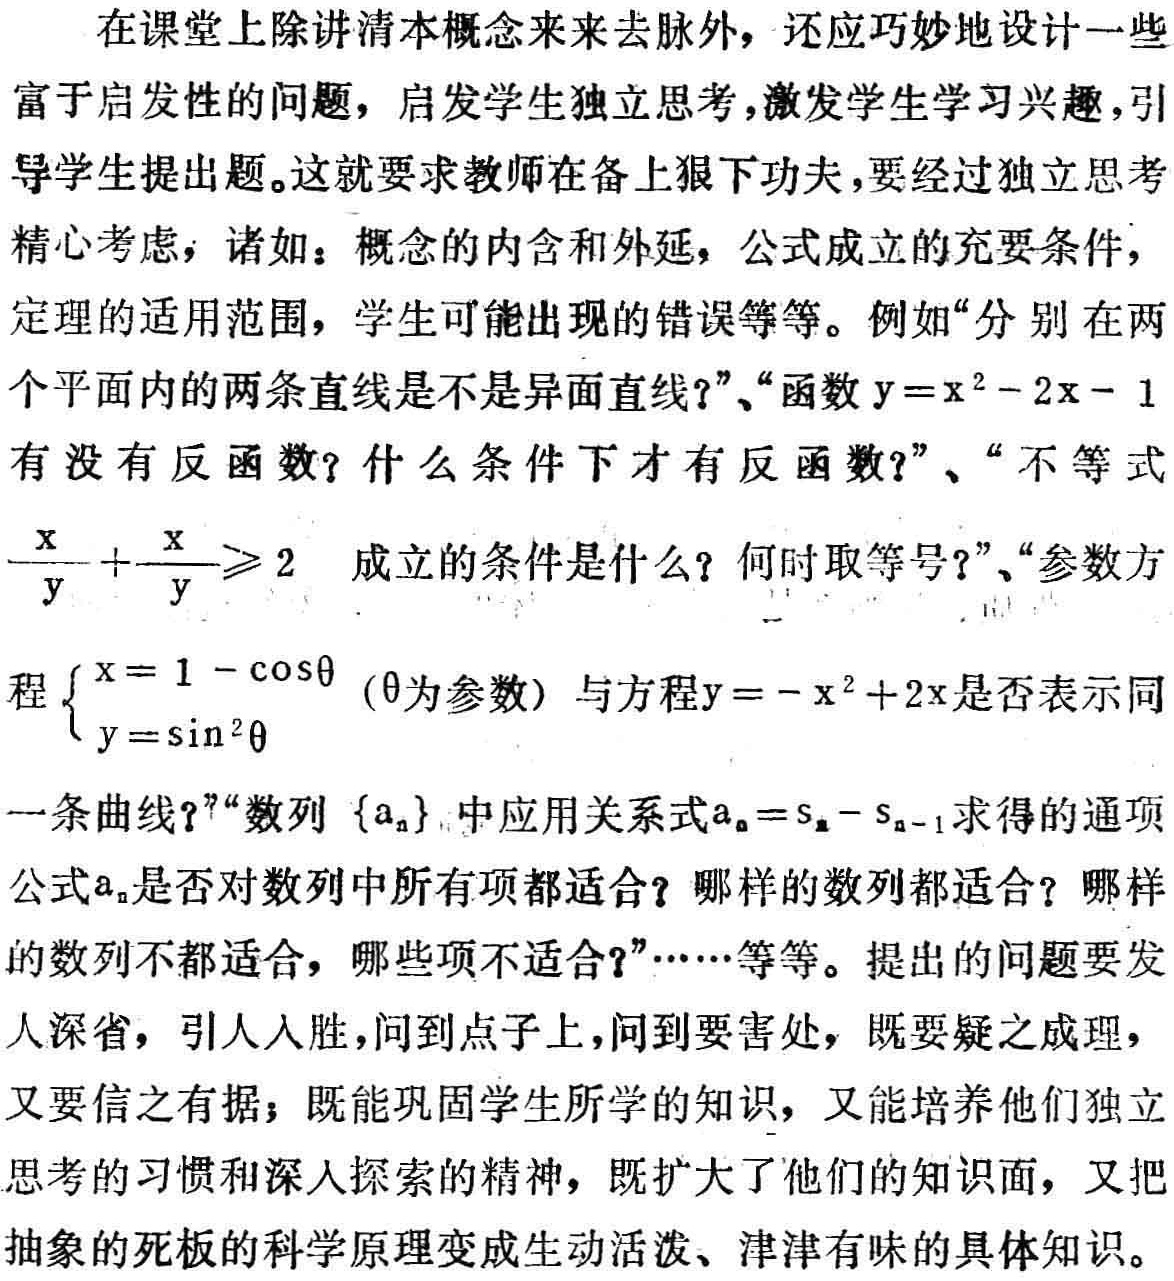
在课堂上除讲清本概念来龙去脉外，还应巧妙地设计一些
富于启发性的问题，启发学生独立思考，激发学生学习兴趣，引
导学生提出题。这就要求教师在备上狠下功夫，要经过独立思考
精心考虑，诸如：概念的内涵和外延，公式成立的充要条件，
定理的适用范围，学生可能出现的错误等等。例如“分别在两
个平面内的两条直线是不是异面直线?”、“函数\(y = x^{2}-2x - 1\)
有没有反函数？什么条件下才有反函数?”、“不等式
\(\frac{x}{y}+\frac{y}{x}\geqslant 2\) 成立的条件是什么？何时取等号?”、“参数方
程\(\begin{cases}x = 1-\cos\theta\\y=\sin^{2}\theta\end{cases}\)（\(\theta\)为参数）与方程\(y=-x^{2}+2x\)是否表示同
一条曲线？”“数列\(\{a_{n}\}\)中应用关系式\(a_{n}=s_{n}-s_{n - 1}\)求得的通项
公式\(a_{n}\)是否对数列中所有项都适合？哪样的数列都适合？哪样
的数列不都适合，哪些项不适合?”……等等。提出的问题要发
人深省，引人入胜，问到点子上，问到要害处，既要疑之成理，
又要信之有据；既能巩固学生所学的知识，又能培养他们独立
思考的习惯和深入探索的精神，既扩大了他们的知识面，又把
抽象的死板的科学原理变成生动活泼、津津有味的具体知识。